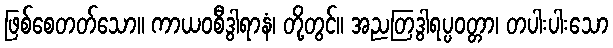
ဖြစ်စေတတ်သော။ ကာယဝစီဒွါရာနံ၊ တို့တွင်။ အညတြဒွါရပ္ပဝတ္တာ၊ တပါးပါးသော